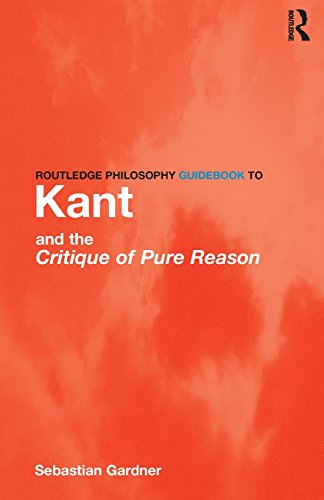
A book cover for Routledge Philosophy GuideBook to Kant and the Critique of Pure Reason (Routledge Philosophy GuideBooks); Sebastian Gardner; Politics & Social Sciences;